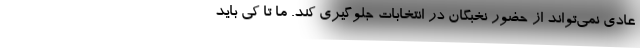
عادی نمی‌تواند از حضور نخبگان در انتخابات جلوگیری کند. ما تا کی باید